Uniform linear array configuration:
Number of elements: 4
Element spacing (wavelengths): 0.25
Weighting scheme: exponential
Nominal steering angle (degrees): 15
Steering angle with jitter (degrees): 14.894
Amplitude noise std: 0.05
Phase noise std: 0.05

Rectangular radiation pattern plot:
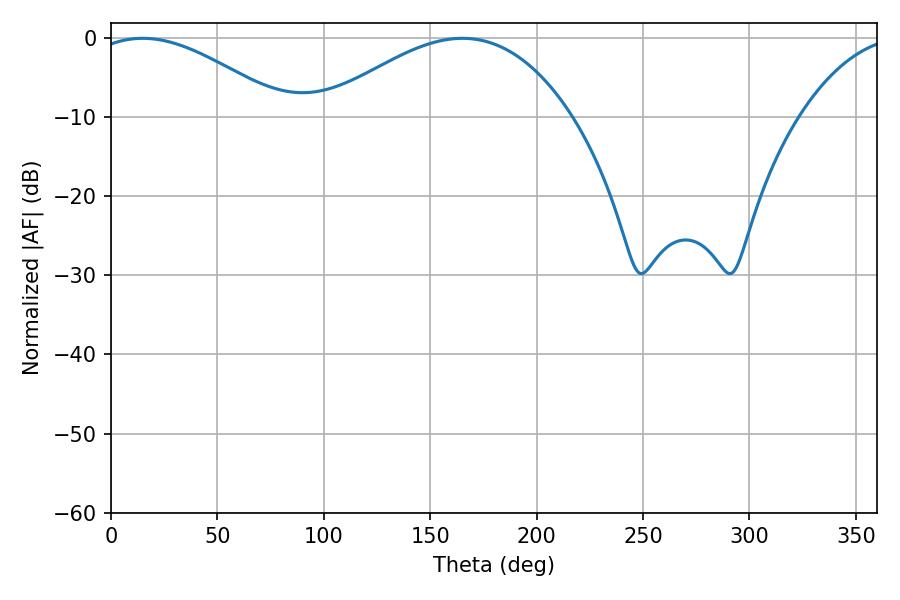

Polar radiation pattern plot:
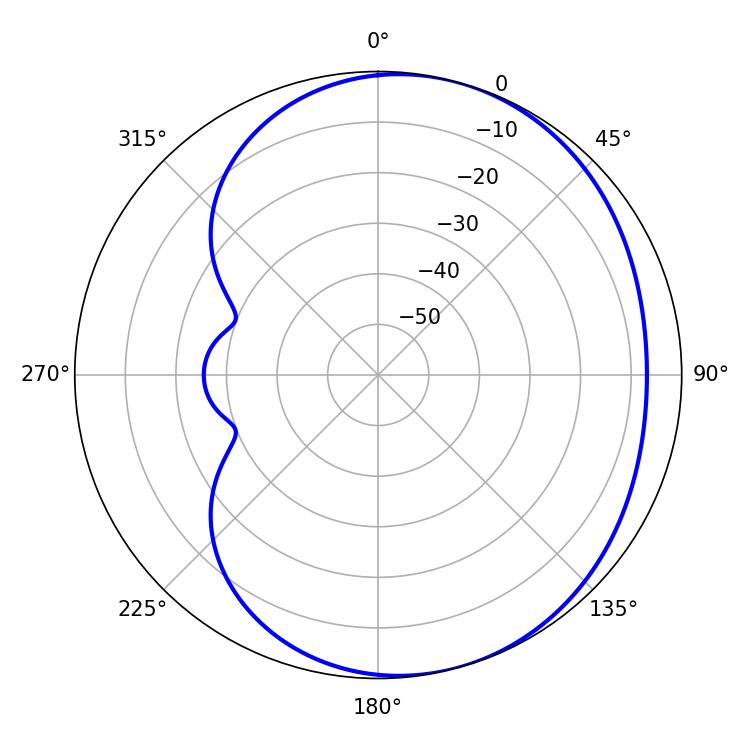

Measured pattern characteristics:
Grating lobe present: FALSE
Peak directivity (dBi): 4.053
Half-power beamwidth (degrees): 50.22
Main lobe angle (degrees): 14.94